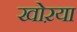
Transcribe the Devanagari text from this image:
खोऱया